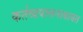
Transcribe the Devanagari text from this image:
कर्तव्यपालनाबाबत